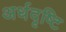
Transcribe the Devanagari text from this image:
अर्धदृष्टि